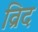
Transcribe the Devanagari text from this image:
व्रिद